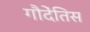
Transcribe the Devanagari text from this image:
गौदेंतिस